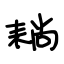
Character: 耥